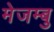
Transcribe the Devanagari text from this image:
मेजम्बु